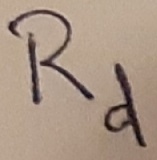
Text: Rd